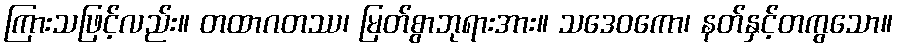
ကြားသဖြင့်လည်း။ တထာဂတဿ၊ မြတ်စွာဘုရားအား။ သဒေဝကော၊ နတ်နှင့်တကွသော။